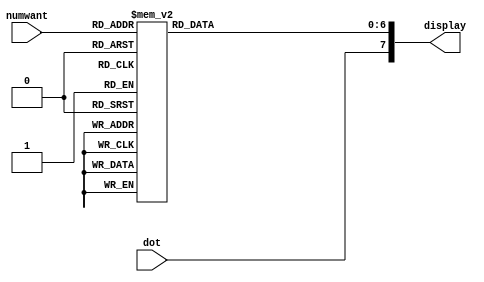
module MakeHEX(
	input wire [3:0] numwant, input wire dot,
	output reg [7:0] display
);

reg [6:0] segments;
always@(*) begin
		
		case(numwant)
			4'b0000: segments = 7'b1000000; //0
			4'b0001: segments = 7'b1111001; //1
			4'b0010: segments = 7'b0100100; //2
			4'b0011: segments = 7'b0110000; //3
			
			4'b0100: segments = 7'b0011001; //4
			4'b0101: segments = 7'b0010010; //5
			4'b0110: segments = 7'b0000010; //6
			4'b0111: segments = 7'b1111000; //7

			4'b1000: segments = 7'b0000000; //8 
			4'b1001: segments = 7'b0011000; //9
 			4'b1010: segments = 7'b0001000; //A
			4'b1011: segments = 7'b0000000; //B
			
			4'b1100: segments = 7'b1000110; //C
			4'b1101: segments = 7'b1000000; //D
			4'b1110: segments = 7'b0000110;//E
			4'b1111: segments = 7'b0001110;//F
			default: segments = 7'b1000000;
		endcase
		display = {dot, segments};
	end	

endmodule